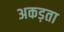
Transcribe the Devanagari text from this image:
अकड़ता